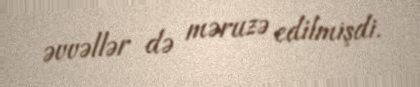
əvvəllər də məruzə edilmişdi.